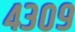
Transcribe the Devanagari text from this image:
४३०९